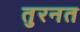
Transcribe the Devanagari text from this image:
तुरनत